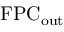
\mathrm { F P C _ { o u t } }